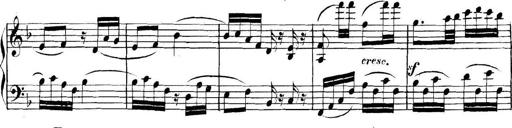
Title: Collected Piano Sonatas
Composer: Muzio Clementi